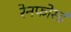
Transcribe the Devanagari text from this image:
रेनफोर्स्ड